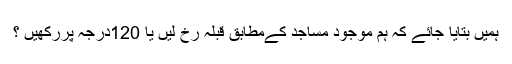
ہمیں بتایا جائے کہ ہم موجود مساجد کےمطابق قبلہ رخ لیں یا 120درجہ پررکھیں ؟